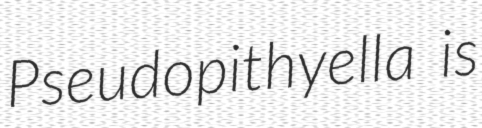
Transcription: Pseudopithyella is